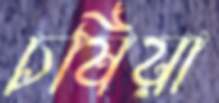
চষিয়া